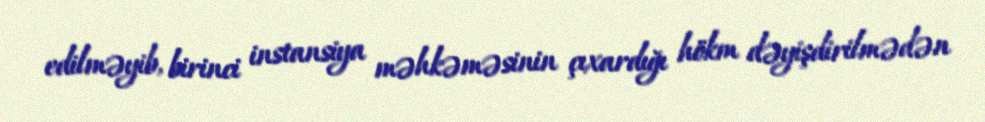
edilməyib, birinci instansiya məhkəməsinin çıxardığı hökm dəyişdirilmədən